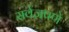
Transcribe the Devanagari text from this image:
सर्वज्ञपणे